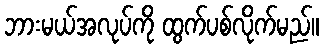
ဘားမယ်အလုပ်ကို ထွက်ပစ်လိုက်မည်။